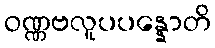
ဝဏ္ဏဗလူပပန္နောတိ